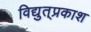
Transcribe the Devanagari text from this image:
विद्युत्‌प्रकाश